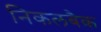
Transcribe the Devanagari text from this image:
निकलबैक